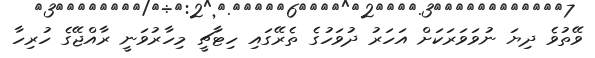
ވޭތުވެ ދިޔަ ނުވަވަރަކަށް އަހަރު ދުވަހުގެ ތެރޭގައި ހިޓާޗީ މިހާރުވަނީ ރާއްޖޭގެ ހުރިހާ